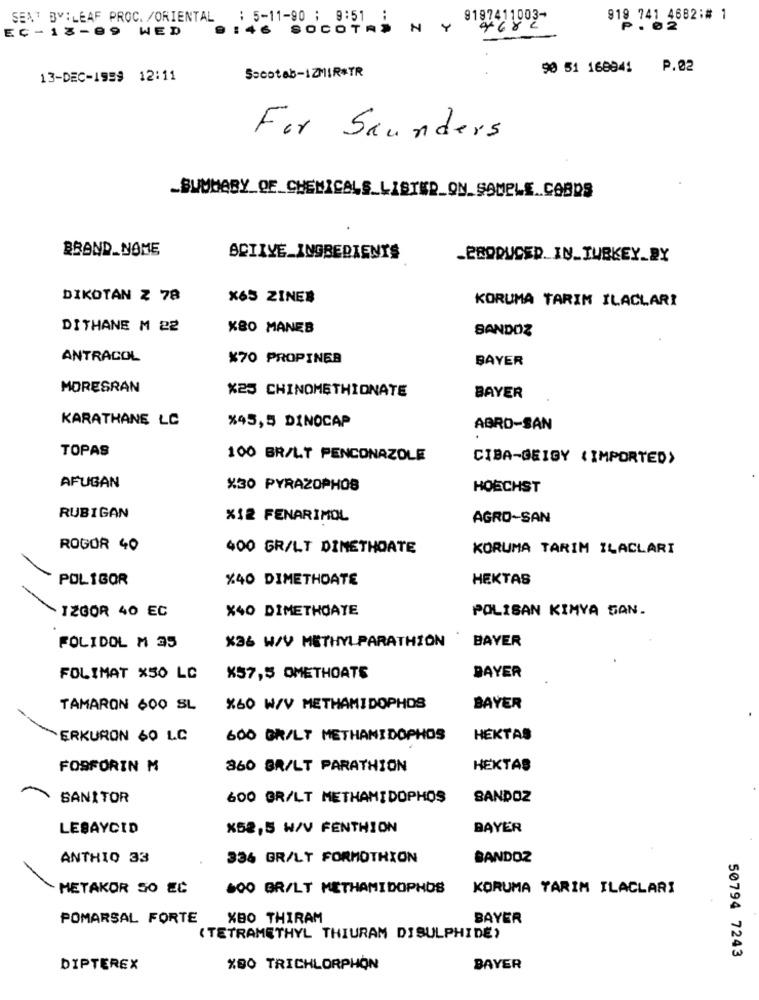
SENT BY:LEAF PROC. /ORIENTAL : 5-11-90 ; 9:51 :
9197411003-
919 741 4682:# 1
EC-18-99 WED
9:46 SOCOTA> N Y
P. 02
Socotab-IZMIR#TR
90 51 168941
P.02
13-DEC-1999 12:11
For Saunders
BRAND_NOME
SCIIYE_INGREDIENTS
_PRODUCED_ IN_TURKEY_BY
DIKOTAN Z 78
X65 ZINE#
KORUMA TARIM ILACLARI
DITHANE M 22
X80 MANES
SANDOZ
ANTRACOL
X70 PROPINEB
BAYER
MORESRAN
X25 CHINOMETHIONATE
BAYER
KARATHANE LC
%45,5 DINOCAP
ABRO-SAN
TOPAS
100 BR/LT PENCONAZOLE
CIBA-GEIGY ( IMPORTED>
AFUGAN
%30 PYRAZOPHOB
HOECHST
RUBIGAN
%12 FENARIMOL
AGRO-SAN
ROGOR 40
400 GR/LT DIMETHOATE
KORUMA TARIM ILACLARI
POLIGOR
%40 DIMETHOATE
HEKTAS
IZGOR 40 EC
X40 DIMETHOAYE
POLIBAN KIMYA GAN.
X36 W/V METHYLPARATHION
BAYER
FOLIDOL M 35
FOLIMAT X50 LC
X57,5 OMETHOATE
BAYER
TAMARON 600 SL
X60 W/V METHAMIDOPHOS
BAYER
ERKURON 60 LC
600 BRILT METHAMIDOPHOS
HÉKTAS
FOSFORIN M
860 BR/LT PARATHION
HEKTAS
SANITOR
600 GR/LT METHAMIDOPHOS
SANDOZ
LESAYCID
X52,5 W/V FENTHION
BAYER
ANTHIO 33
336 GR/LT FORMOTHION
BANDOZ
METAKOR SO EC
600 BR/LT METHAMIDOPHOS
KORUMA TARIM ILACLARI
POMARSAL FORTE
XBO THIRAM
BAYER
(TETRAMETHYL THIURAM DISULPHIDE)
50794 7243
DIPTEREX
%80 TRICHLORPHON
BAYER